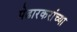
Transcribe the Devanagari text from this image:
पेढारकरांच्या